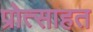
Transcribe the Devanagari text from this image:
प्रोत्साहत